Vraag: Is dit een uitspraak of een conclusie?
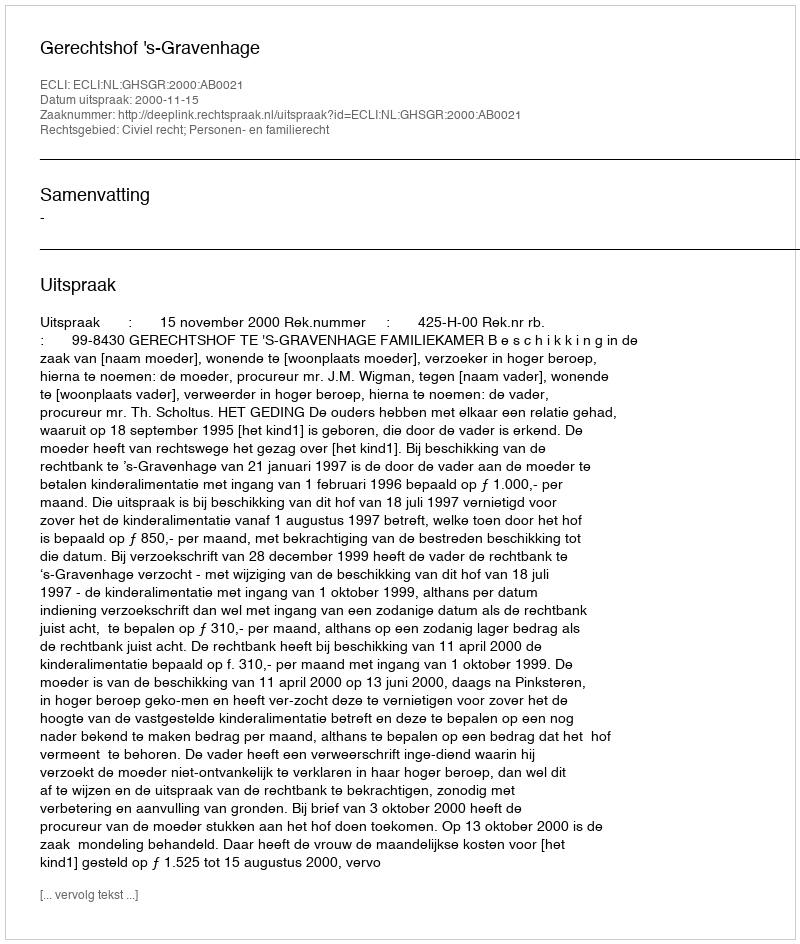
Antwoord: Uitspraak